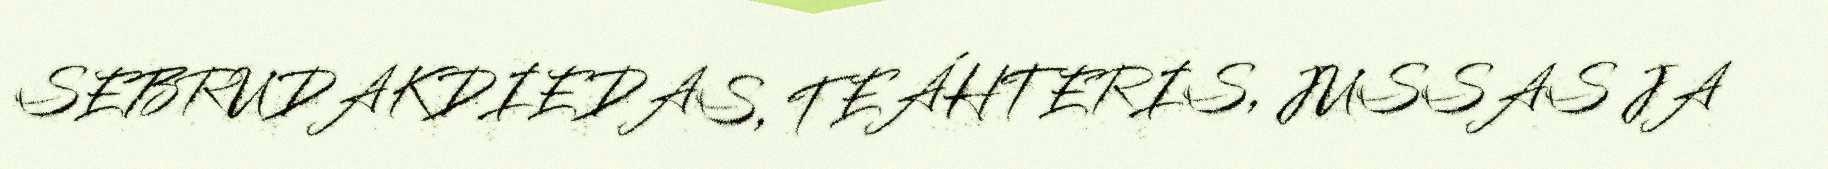
SEBRUDAKDIEDAS, TEÁHTERIS, JUSSAS JA